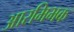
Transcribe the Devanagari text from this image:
आरमिभक